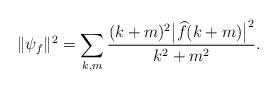
LaTeX: \begin{align*}\|\psi_f\|^2 = \sum_{k,m} \frac{(k+m)^2\big| \widehat{f}(k+m)\big|^2}{k^2+m^2}. \end{align*}